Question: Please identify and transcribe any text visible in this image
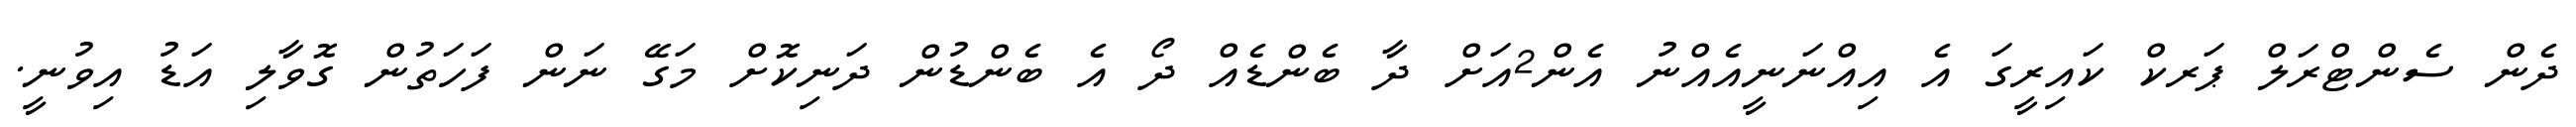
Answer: ދެން ސެންޓްރަލް ޕަރކް ކައިރީގަ އެ އިއްނަނީއެއްނު އެން2އަށް ދާ ބެންޑެއް ދޯ އެ ބެންޑުން ދަނިކޮށް މަގޭ ނަން ފަހަތުން ގޮވާލި އަޑު އިވުނީ.